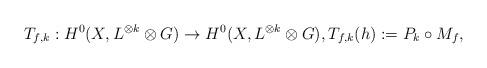
LaTeX: \begin{align*}T_{f, k} : H^0(X, L^{\otimes k} \otimes G) \to H^0(X, L^{\otimes k} \otimes G), T_{f, k}(h) := P_k \circ M_f,\end{align*}